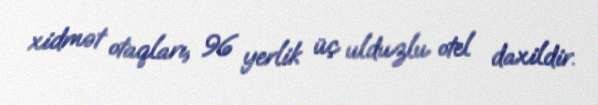
xidmət otaqları, 96 yerlik üç ulduzlu otel daxildir.